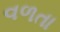
વળતા